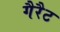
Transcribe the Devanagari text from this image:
गैरैट